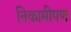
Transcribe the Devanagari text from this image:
निकामीपण